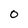
Character: O